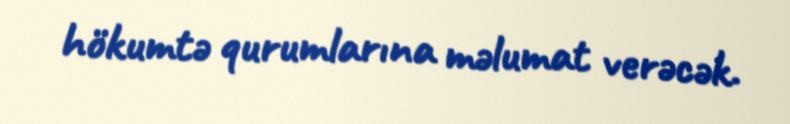
hökumtə qurumlarına məlumat verəcək.